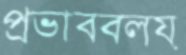
প্রভাববলয়